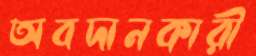
অবদানকারী